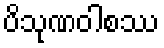
ပိသုဏဝါစဿ